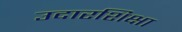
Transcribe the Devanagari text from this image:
उदारशिक्षा